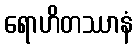
ရောဟိတဿာနံ